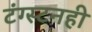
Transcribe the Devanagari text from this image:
टंग्स्टनही